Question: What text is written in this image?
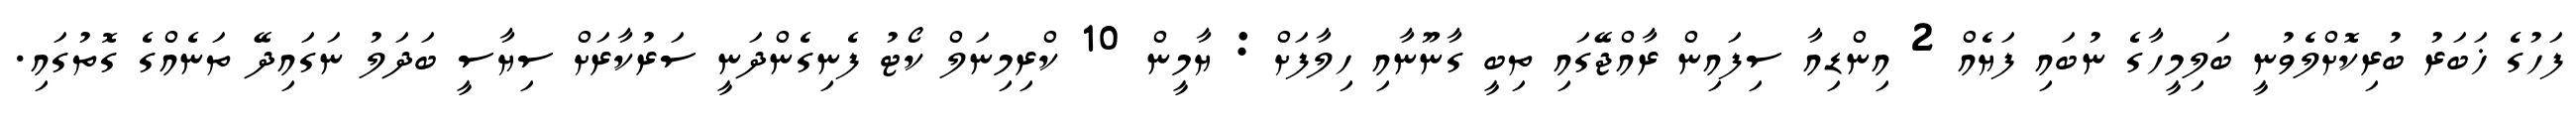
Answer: ފަހުގެ ޚަބަރު ބުރިކޮށްލެވުނީ ބަލިމީހާގެ ނުބައި ފަޔެއް 2 އިންޑިއާ ސިފައިން ރާއްޖޭގައި ތިބީ ގާނޫނާއި ހިލާފަށް : ޔާމީން 10 ކްރިމިނަލް ކޯޓު ފެނިގެންދަނީ ސަރުކާރަށް ސިޔާސީ ބަދަލު ނަގައިދޭ ތަނެއްގެ ގޮތުގައި.